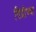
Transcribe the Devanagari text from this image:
पिंप्रीच्या